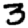
Digit: 3